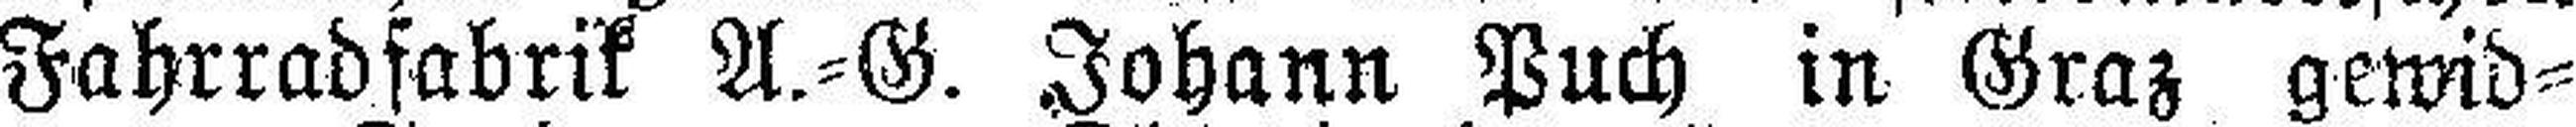
Fahrradsfabrik A.=G. Johann Puch in Graz gewid¬